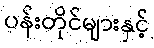
ပန်းတိုင်များနှင့်